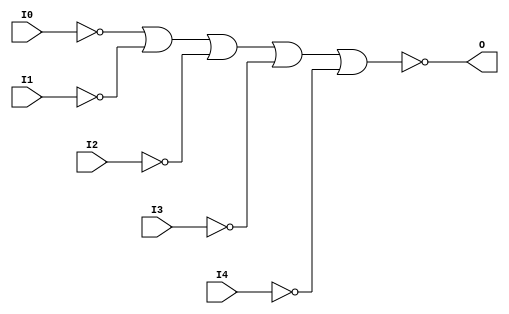
// $Header: /devl/xcs/repo/env/Databases/CAEInterfaces/verunilibs/data/uni9000/NOR5B5.v,v 1.4 2007/05/23 20:05:09 patrickp Exp $
///////////////////////////////////////////////////////////////////////////////
// Copyright (c) 1995/2004 Xilinx, Inc.
// All Right Reserved.
///////////////////////////////////////////////////////////////////////////////
//   ____  ____
//  /   /\/   /
// /___/  \  /    Vendor : Xilinx
// \   \   \/     Version : 7.1i (H.19)
//  \   \         Description : Xilinx Functional Simulation Library Component
//  /   /                  5-input NOR Gate
// /___/   /\     Filename : NOR5B5.v
// \   \  /  \    Timestamp : Thu Mar 25 16:42:06 PST 2004
//  \___\/\___\
//
// Revision:
//    03/23/04 - Initial version.
//    05/23/07 - Added wire declaration for internal signals.
//    05/23/07 - Changed timescale to 1 ps / 1 ps.

`timescale  1 ps / 1 ps

`celldefine

module NOR5B5 (O, I0, I1, I2, I3, I4);


    output O;

    input  I0, I1, I2, I3, I4;

    wire i0_inv;
    wire i1_inv;
    wire i2_inv;
    wire i3_inv;
    wire i4_inv;

    not N4 (i4_inv, I4);
    not N3 (i3_inv, I3);
    not N2 (i2_inv, I2);
    not N1 (i1_inv, I1);
    not N0 (i0_inv, I0);
    nor O1 (O, i0_inv, i1_inv, i2_inv, i3_inv, i4_inv);

    specify
	(I0 *> O) = (0, 0);
	(I1 *> O) = (0, 0);
	(I2 *> O) = (0, 0);
	(I3 *> O) = (0, 0);
	(I4 *> O) = (0, 0);
    endspecify

endmodule

`endcelldefine